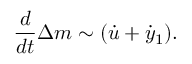
\frac { d } { d t } \Delta m \sim ( \dot { u } + \dot { y } _ { 1 } ) .